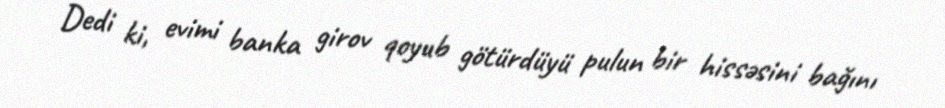
Dedi ki, evimi banka girov qoyub götürdüyü pulun bir hissəsini bağını